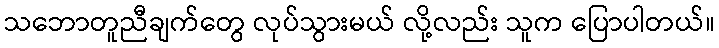
သဘောတူညီချက်တွေ လုပ်သွားမယ် လို့လည်း သူက ပြောပါတယ်။